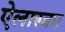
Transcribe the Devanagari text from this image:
ऐलास्का